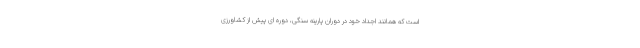
است که همانند اجداد خود در دوران پارینه سنگی، دوره ای پیش از کشاورزی